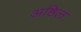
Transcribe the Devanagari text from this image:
अष्ठिल